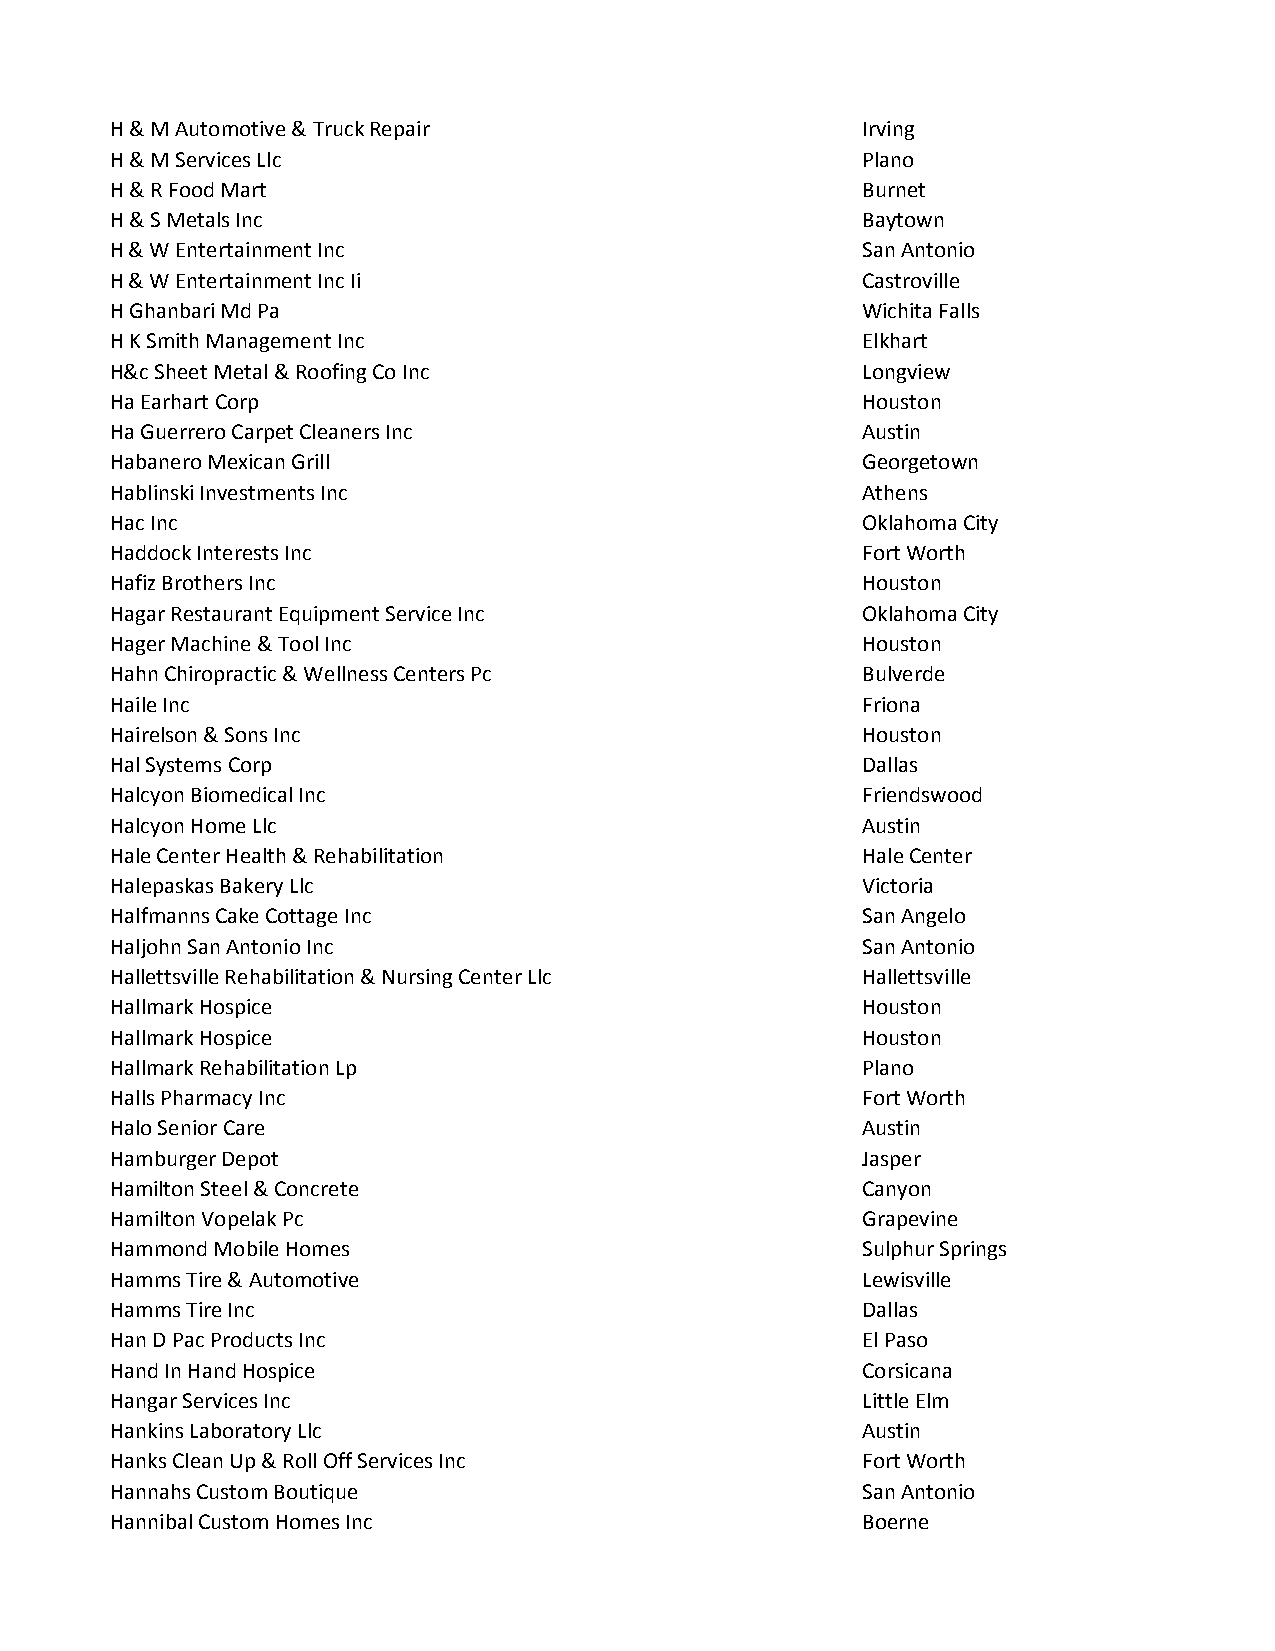
H & M Automotive & Truck Repair                   Irving
 H & M Services Llc                                Plano
 H & R Food Mart                                   Burnet
 H & S Metals Inc                                  Baytown
 H & W Entertainment Inc                           San Antonio
 H & W Entertainment Inc Ii                        Castroville
 H Ghanbari Md Pa                                  Wichita Falls
 H K Smith Management Inc                          Elkhart
 H&c Sheet Metal & Roofing Co Inc                  Longview
 Ha Earhart Corp                                   Houston
 Ha Guerrero Carpet Cleaners Inc                   Austin
 Habanero Mexican Grill                            Georgetown
 Hablinski Investments Inc                         Athens
 Hac Inc                                           Oklahoma City
 Haddock Interests Inc                             Fort Worth
 Hafiz Brothers Inc                                Houston
 Hagar Restaurant Equipment Service Inc            Oklahoma City
 Hager Machine & Tool Inc                          Houston
 Hahn Chiropractic & Wellness Centers Pc           Bulverde
 Haile Inc                                         Friona
 Hairelson & Sons Inc                              Houston
 Hal Systems Corp                                  Dallas
 Halcyon Biomedical Inc                            Friendswood
 Halcyon Home Llc                                  Austin
 Hale Center Health & Rehabilitation               Hale Center
 Halepaskas Bakery Llc                             Victoria
 Halfmanns Cake Cottage Inc                        San Angelo
 Haljohn San Antonio Inc                           San Antonio
 Hallettsville Rehabilitation & Nursing Center Llc Hallettsville
 Hallmark Hospice                                  Houston
 Hallmark Hospice                                  Houston
 Hallmark Rehabilitation Lp                        Plano
 Halls Pharmacy Inc                                Fort Worth
 Halo Senior Care                                  Austin
 Hamburger Depot                                   Jasper
 Hamilton Steel & Concrete                         Canyon
 Hamilton Vopelak Pc                               Grapevine
 Hammond Mobile Homes                              Sulphur Springs
 Hamms Tire & Automotive                           Lewisville
 Hamms Tire Inc                                    Dallas
 Han D Pac Products Inc                            El Paso
 Hand In Hand Hospice                              Corsicana
 Hangar Services Inc                               Little Elm
 Hankins Laboratory Llc                            Austin
 Hanks Clean Up & Roll Off Services Inc            Fort Worth
 Hannahs Custom Boutique                           San Antonio
 Hannibal Custom Homes Inc                         Boerne